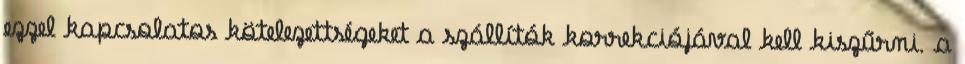
ezzel kapcsolatos kötelezettségeket a szállítók korrekciójával kell kiszűrni. a